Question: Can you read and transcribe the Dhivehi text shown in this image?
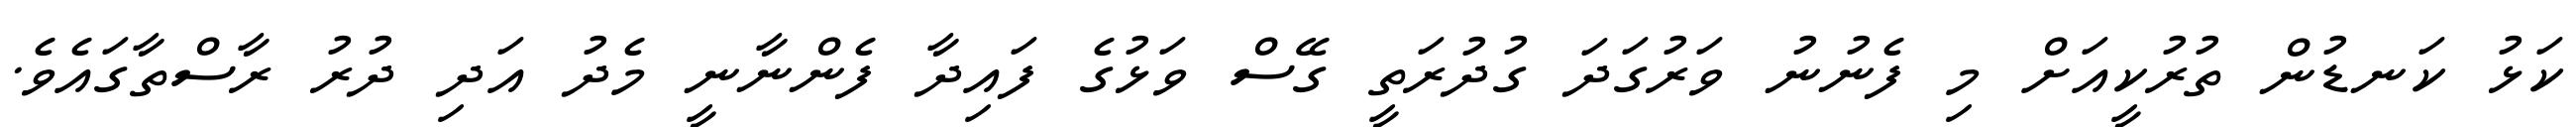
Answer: ކަޅު ކަނޑުން ތުރުކީއަށް މި ފެނުނު ވަރުގަދަ ގުދުރަތީ ގޭސް ވަޅުގެ ފައިދާ ފެންނާނީ މެދު އަދި ދުރު ރާސްތާގައެވެ.